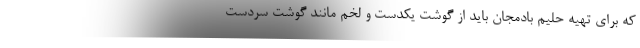
که برای تهیه حلیم بادمجان باید از گوشت یکدست و لخم مانند گوشت سردست